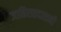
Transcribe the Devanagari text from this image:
जाहिरातदारानी